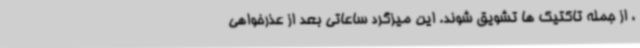
، از جمله تاکتیک ها تشویق شوند. این میزگرد ساعاتی بعد از عذرخواهی